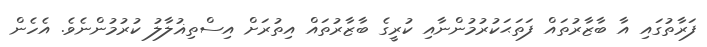
ފަރާތުގައި އާ ބާޒާރުތައް ފަތަޙަކުރުމުންނާއި ކުރީގެ ބާޒާރުތައް އިތުރަށް އިސްތިޣުލާލު ކުރުމުންނެވެ. އެހެން